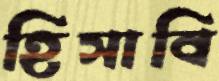
হিসাবি